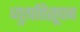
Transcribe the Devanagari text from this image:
व्युत्पत्तिसूचन